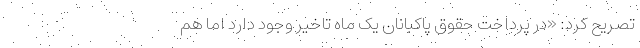
تصریح کرد: «در پرداخت حقوق پاکبانان یک ماه تاخیر وجود دارد اما هم